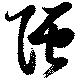
強